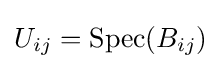
U_{ij}=\operatorname {Spec} (B_{ij})